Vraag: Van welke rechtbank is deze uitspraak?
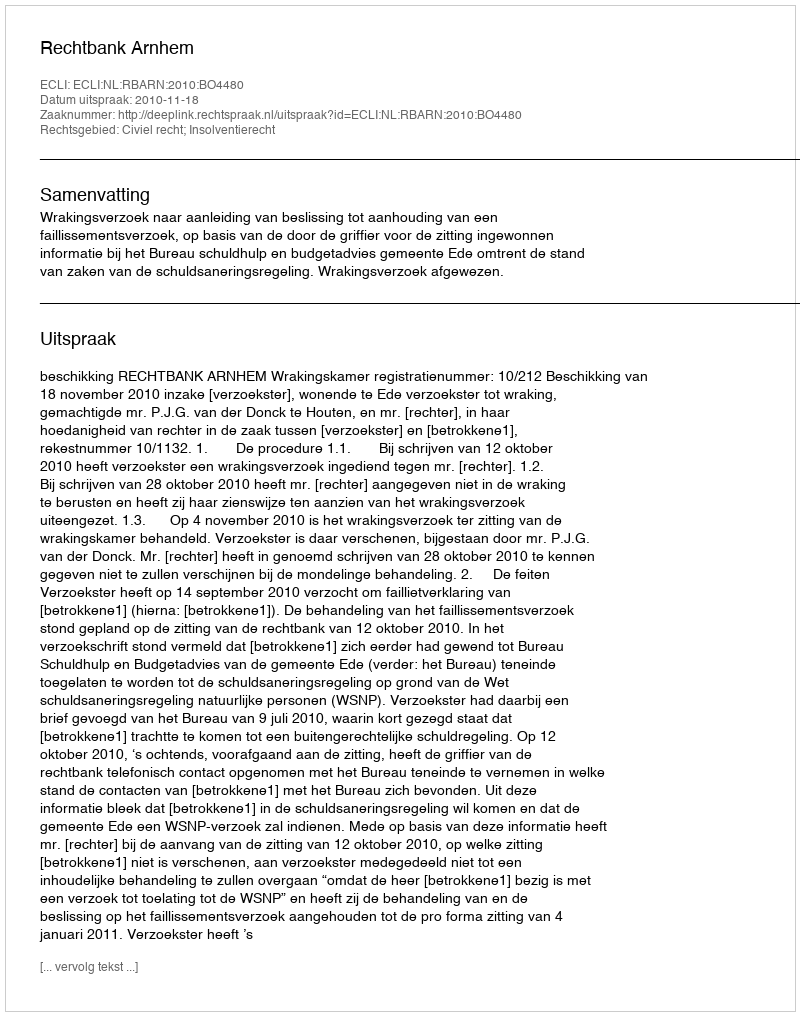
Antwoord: Rechtbank Arnhem